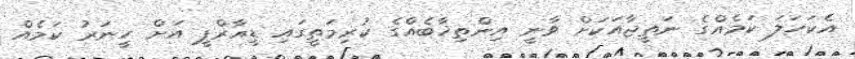
އެކަހަލަ ކަމެއްގެ ނަތީޖާއަކަށް ވާނީ އިންތިޚާބެއްގެ ކުރިމަތީގައި ޑީއާރްޕީ އަށް ހީނަރު ކަމެއް